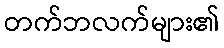
တက်ဘလက်များ၏